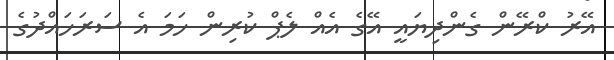
އޭރު ކްރޭން ގެންދިޔައީ އޭގެ އެއް ލެޕް ކުރިން ހަމަ އެ ސަރަހައްދުގެ